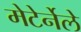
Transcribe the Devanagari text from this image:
मेटेर्नेले